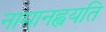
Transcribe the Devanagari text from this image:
नामानह्वयति